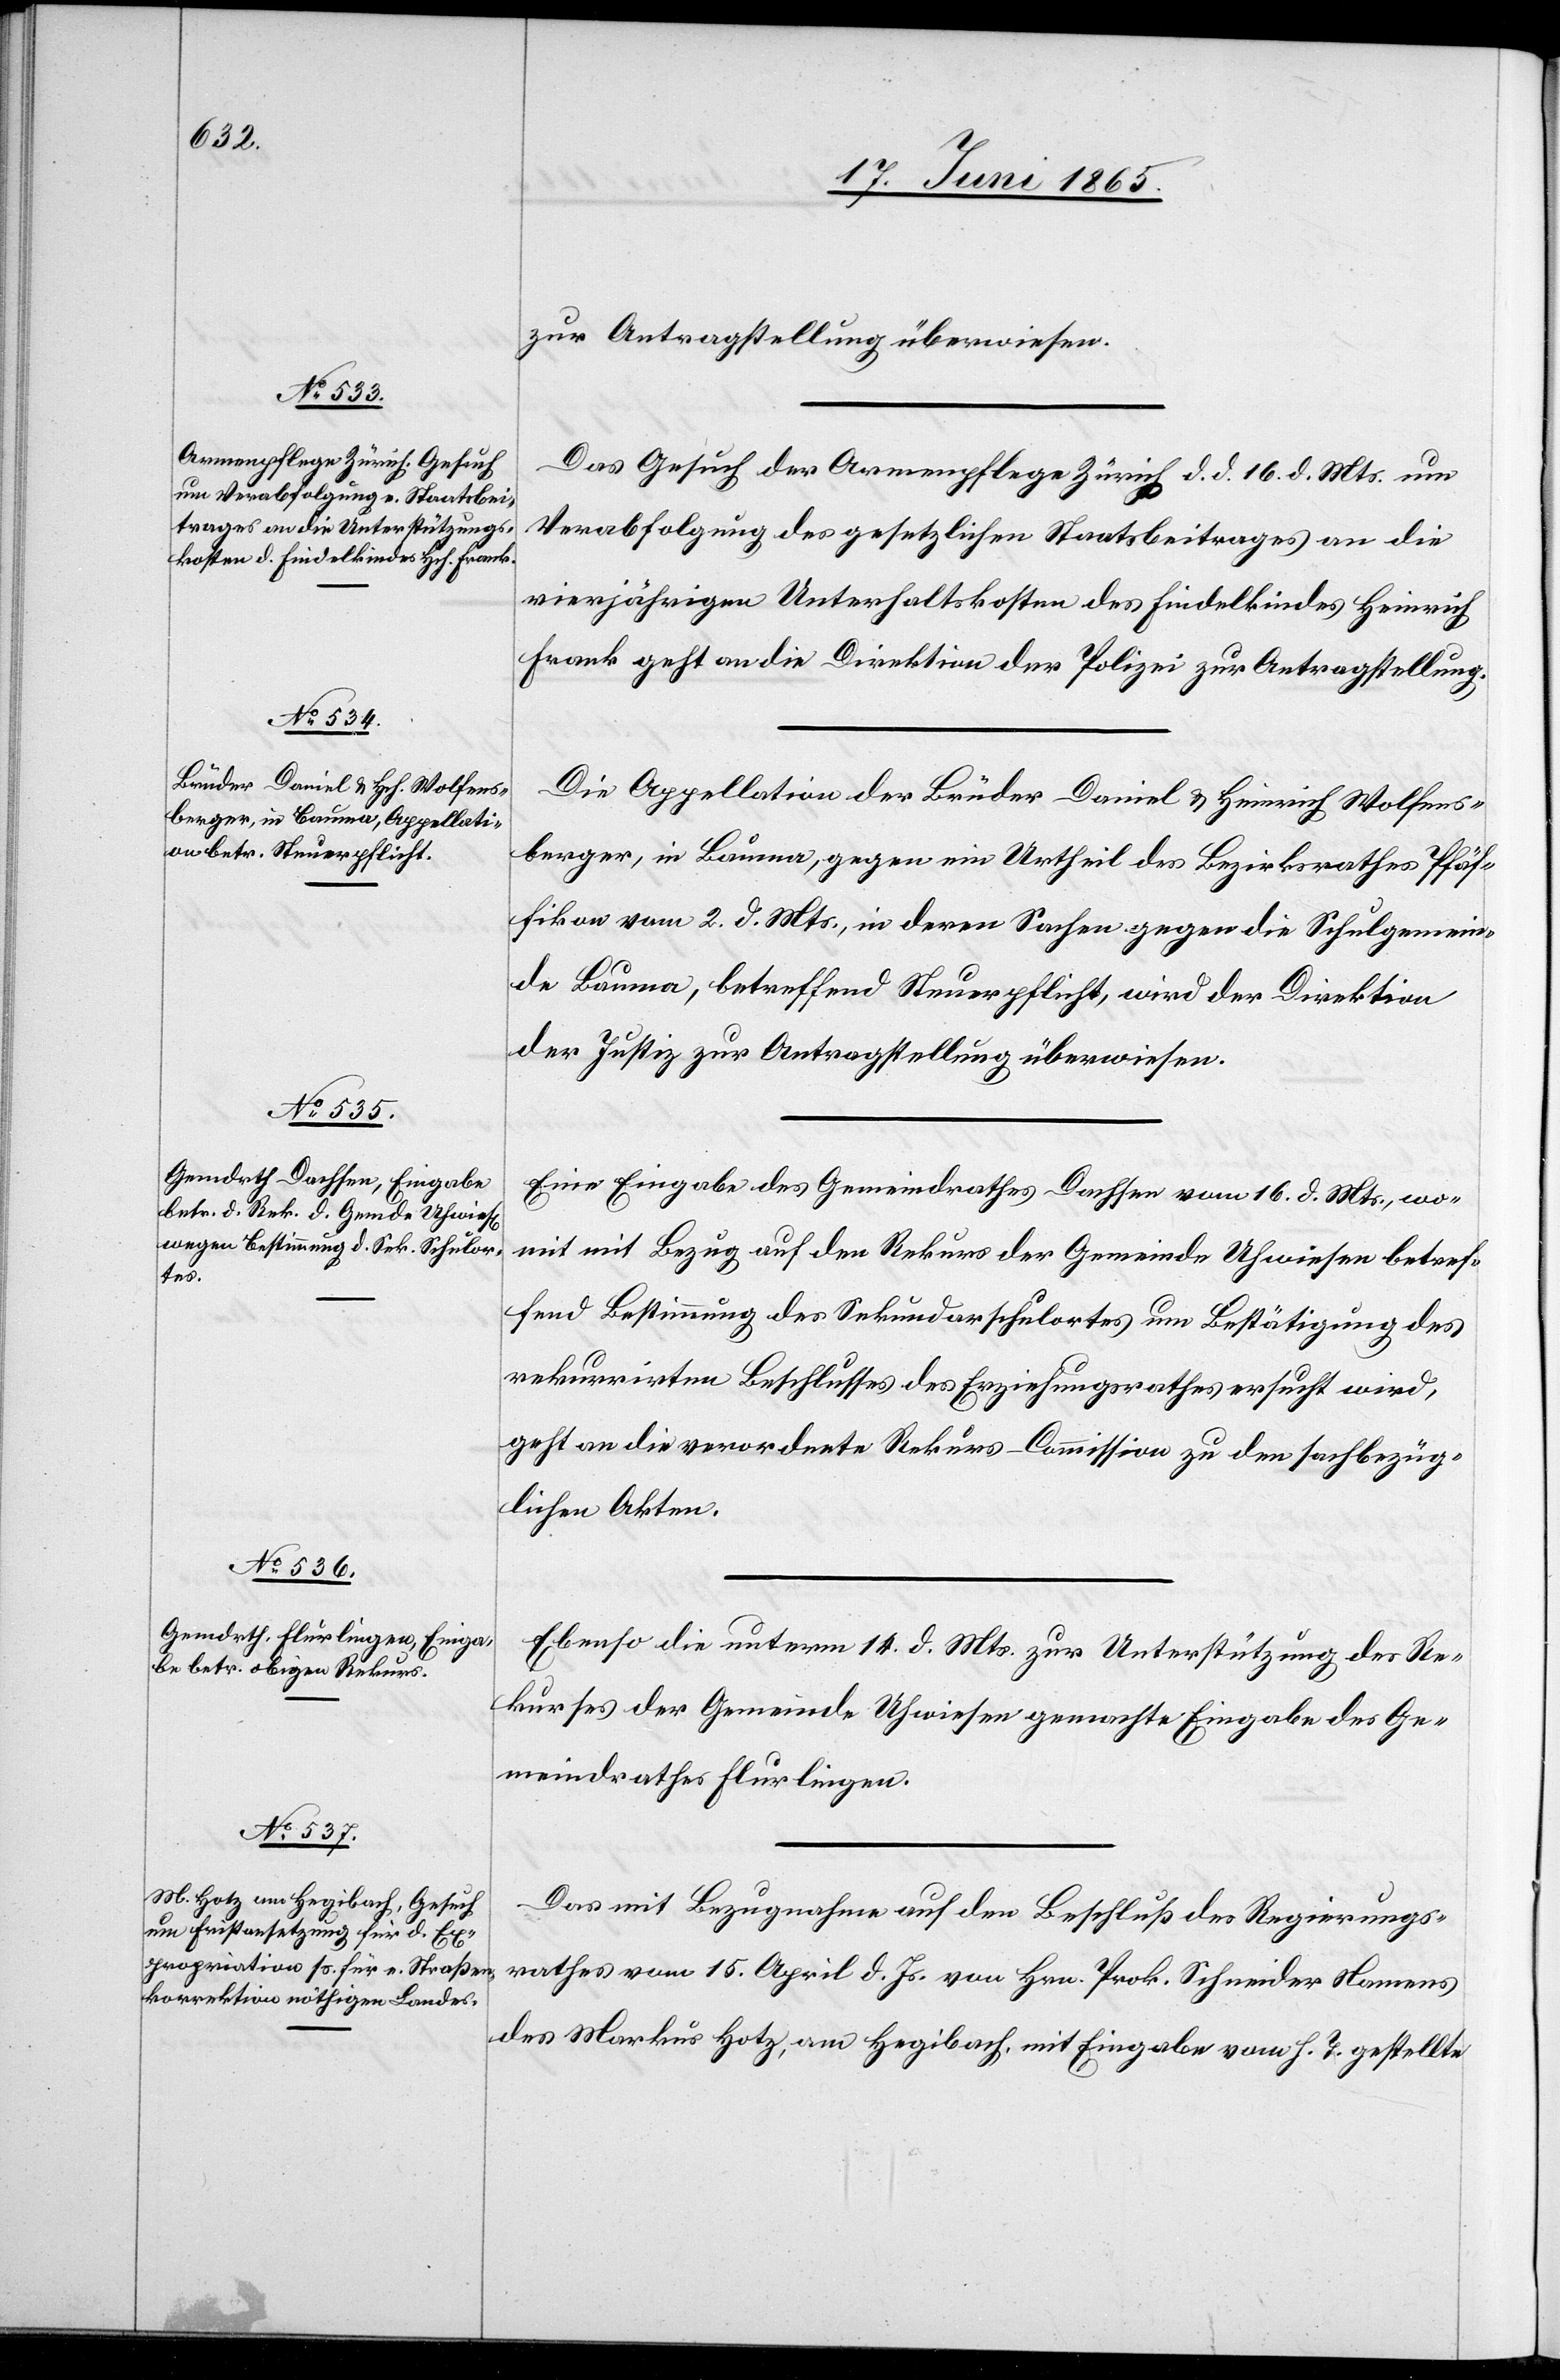
19. Juni 1865.]
zur Antragstellung überwiesen.
Das Gesuch der Armenpflege Zürich d. d. 16. d. Mts. um
Verabfolgung des gesetzlichen Staatsbeitrages an die
vierjährigen Unterhaltskosten des Findelkindes Heinrich
Frank geht an die Direktion der Polizei zur Antragstellung.
Die Appellation der Brüder Daniel & Heinrich Wolfens¬
berger, in Bauma, gegen ein Urtheil des Bezirksrathes Pfäf¬
fikon vom 2. d. Mts., in deren Sachen gegen die Schulgemein¬
de Bauma, betreffend Steuerpflicht, wird der Direktion
der Justiz zur Antragstellung überwiesen.
Eine Eingabe des Gemeindrathes Dachsen vom 16. d. Mts., wo¬
mit mit Bezug auf den Rekurs der Gemeinde Uhwiesen betref¬
fend Bestimmung des Sekundarschulortes um Bestätigung des
rekurrirten Beschlusses des Erziehungsrathes ersucht wird,
geht an die verordnete Rekurs-Commission zu den sachbezüg¬
lichen Akten.
Ebenso die unterm 14. d. Mts. zur Unterstützung des Re¬
kurses der Gemeinde Uhwiesen gemachte Eingabe des Ge¬
meindratehs Flurlingen.
Das mit Bezgunahme auf den Beschluß des Regierungs¬
rathes vom 15. April d. Js. von Hrn. Prok. Schneider Namens
des Markus Hotz, am Hegibach, mit Eingabe vom h. T. gestellte